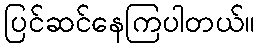
ပြင်ဆင်နေကြပါတယ်။